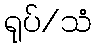
ရုပ်/သံ